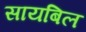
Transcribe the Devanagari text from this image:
सायबिल